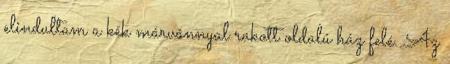
elindultam a kék márvánnyal rakott oldalú ház felé. Az